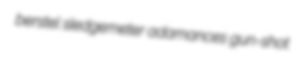
berstel sledgemeter adamances gun-shot